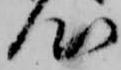
心